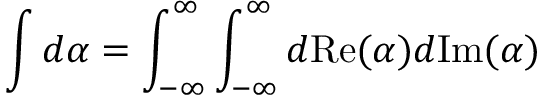
\int d \alpha = \int _ { - \infty } ^ { \infty } \int _ { - \infty } ^ { \infty } d \mathrm { R e } ( \alpha ) d \mathrm { I m } ( \alpha )